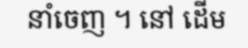
នាំចេញ ។ នៅ ដើម